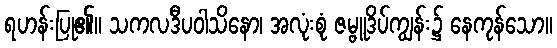
ရဟန်းပြု၏။ သကလဒီပဝါသိနော၊ အလုံးစုံ ဇမ္ဗူဒိပ်ကျွန်း၌ နေကုန်သော။